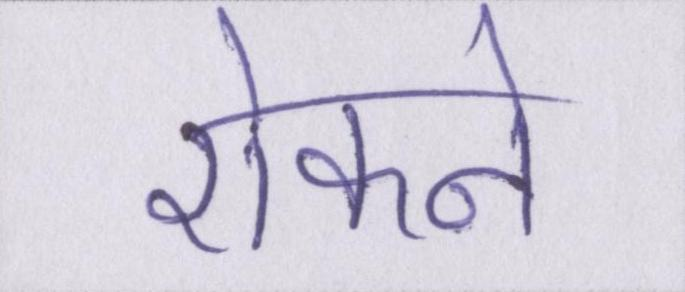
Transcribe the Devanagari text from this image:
रोकने